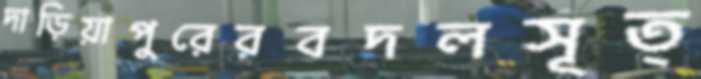
দাড়িয়াপুরেরবদলসূত্